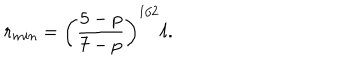
r _ { m i n } = \left( { \frac { 5 - p } { 7 - p } } \right) ^ { 1 / 2 } \ell .